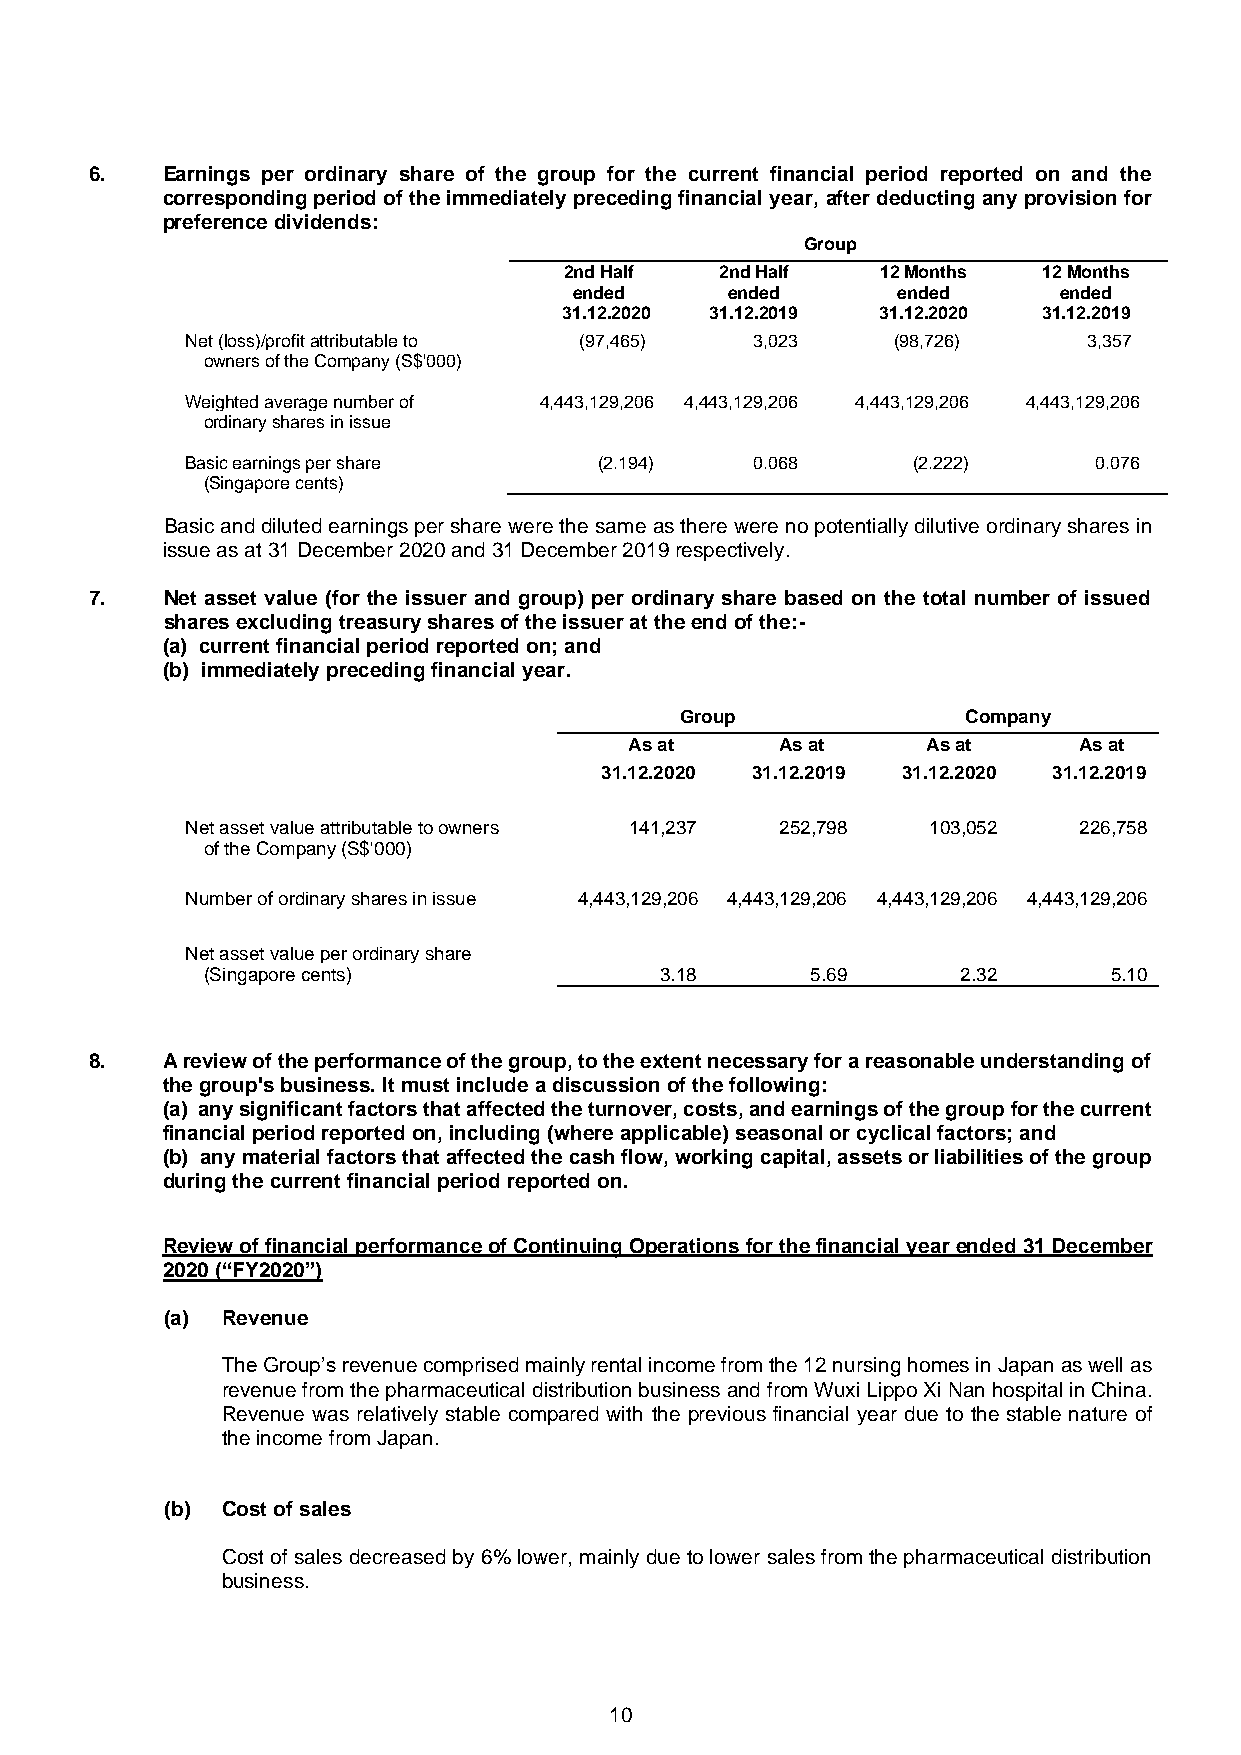
6.   Earnings per ordinary share of the group for the current financial period reported on and the
 corresponding period of the immediately preceding financial year, after deducting any provision for
 preference dividends:
 Group
 2nd Half   2nd Half  12 Months  12 Months
 ended     ended      ended      ended
 31.12.2020 31.12.2019 31.12.2020 31.12.2019
 Net (loss)/profit attributable to (97,465) 3,023 (98,726)   3,357
 owners of the Company (S$'000)
 Weighted average number of 4,443,129,206 4,443,129,206 4,443,129,206 4,443,129,206
 ordinary shares in issue
 Basic earnings per share    (2.194)   0.068     (2.222)     0.076
 (Singapore cents)
 Basic and diluted earnings per share were the same as there were no potentially dilutive ordinary shares in
 issue as at 31 December 2020 and 31 December 2019 respectively.
 7.   Net asset value (for the issuer and group) per ordinary share based on the total number of issued
 shares excluding treasury shares of the issuer at the end of the:-
 (a) current financial period reported on; and
 (b) immediately preceding financial year.
 Group              Company
 As at     As at    As at     As at
 31.12.2020 31.12.2019 31.12.2020 31.12.2019
 Net asset value attributable to owners 141,237 252,798 103,052 226,758
 of the Company (S$'000)
 Number of ordinary shares in issue 4,443,129,206 4,443,129,206 4,443,129,206 4,443,129,206
 Net asset value per ordinary share
 (Singapore cents)              3.18      5.69      2.32     5.10
 8.   A review of the performance of the group, to the extent necessary for a reasonable understanding of
 the group's business. It must include a discussion of the following:
 (a) any significant factors that affected the turnover, costs, and earnings of the group for the current
 financial period reported on, including (where applicable) seasonal or cyclical factors; and
 (b) any material factors that affected the cash flow, working capital, assets or liabilities of the group
 during the current financial period reported on.
 Review of financial performance of Continuing Operations for the financial year ended 31 December
 2020 (“FY2020”)
 (a) Revenue
 The Group’s revenue comprised mainly rental income from the 12 nursing homes in Japan as well as
 revenue from the pharmaceutical distribution business and from Wuxi Lippo Xi Nan hospital in China.
 Revenue was relatively stable compared with the previous financial year due to the stable nature of
 the income from Japan.
 (b) Cost of sales
 Cost of sales decreased by 6% lower, mainly due to lower sales from the pharmaceutical distribution
 business.
 10